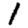
Digit: 1